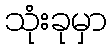
သုံးခုမှာ